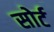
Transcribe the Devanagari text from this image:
सोर्ट